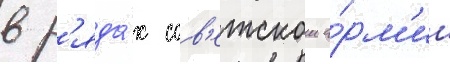
в р'яда́х сов'етскои а́рм'ии